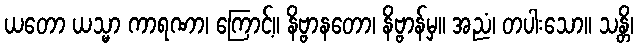
ယတော ယသ္မာ ကာရဏာ၊ ကြောင့်။ နိဗ္ဗာနတော၊ နိဗ္ဗာန်မှ။ အညံ၊ တပါးသော။ သန္တိ၊